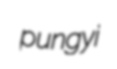
pungyi